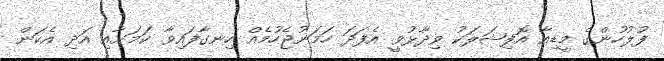
ފުލުހުންގެ މީޑިއާ އޮފިޝަލަކު ވިދާޅުވީ އެފަދަ ހަމަނުޖެހުމެއް ހިނގާފައިވާ ކަމަށާއި އަދި އެކަން